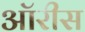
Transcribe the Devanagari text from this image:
ऑरीस